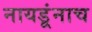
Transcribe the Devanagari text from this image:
नायडूंनाच